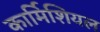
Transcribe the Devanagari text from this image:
कार्मिशियल